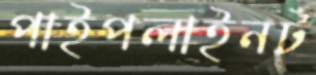
পাইপলাইনট